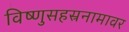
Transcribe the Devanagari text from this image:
विष्णुसहस्रनामावर